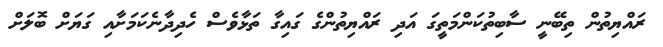
ރައްޔިތުން ތިބޭނީ ސާބިތުކަންމަތީގަ އަދި ރައްޔިތުންގެ ގައިގާ ތަޅާވެސް ހެދިދާނެކަމަށާއި ގަޔަށް ބޮލަށް